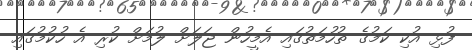
ފުޅި އުކި ކަމުގެ ތުހުމަތުގައި އެމީހުން ޖަލަށް ލުމަށް ކުރި އެ ހުކުމުގައި